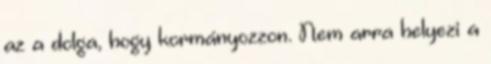
az a dolga, hogy kormányozzon. Nem arra helyezi a